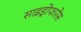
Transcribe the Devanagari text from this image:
साइड्रोफारेस